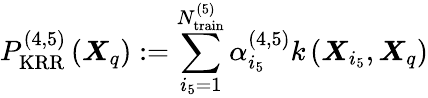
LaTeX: P_{\mathrm{KRR}}^{(4,5)}\left(\boldsymbol{X}_{q}\right):=\sum_{i_{5}=1}^{N_{\mathrm{train}}^{(5)}}\alpha_{i_{5}}^{(4,5)}k\left(\boldsymbol{X}_{i_{5}},\boldsymbol{X}_{q}\right)